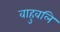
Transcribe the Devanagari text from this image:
वाहुवलि